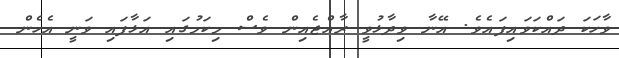
ވާހަކަ ދައްކަވައިފައެވެ. އޭނާ ވިދާޅުވީ ރާއްޖެއިން ވެސް މިކަމުގައި އަޅާފައި ވަނީ އެހެން